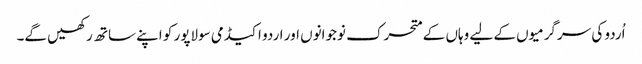
اُردو کی سرگرمیوں کے لیے وہاں کے متحرک نوجوانوں اور اردو اکیڈمی سولاپور کو اپنے ساتھ رکھیں گے۔